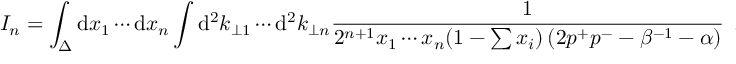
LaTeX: { \cal I } _ { n } = \int _ { \Delta } \mathrm { d } x _ { 1 } \cdots \mathrm { d } x _ { n } \int \mathrm { d } ^ { 2 } k _ { \perp 1 } \cdots \mathrm { d } ^ { 2 } k _ { \perp n } { \frac { 1 } { 2 ^ { n + 1 } x _ { 1 } \cdots x _ { n } ( 1 - \sum x _ { i } ) \left( 2 p ^ { + } p ^ { - } - \beta ^ { - 1 } - \alpha \right) } } \ \ ,